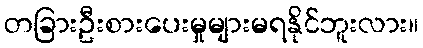
တခြားဦးစားပေးမှုများမရနိုင်ဘူးလား။